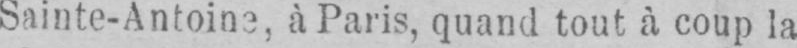
Sainte-Antoine, à Paris, quand tout à coup la